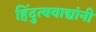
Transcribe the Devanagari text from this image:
हिंदुत्ववाद्यांनी